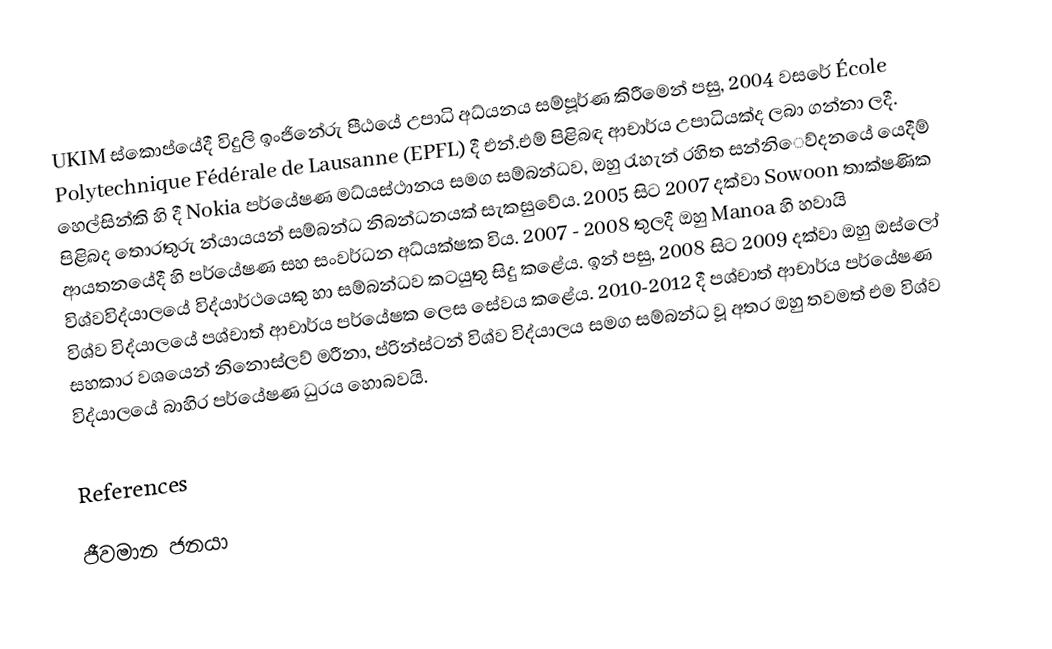
UKIM ස්කොප්යේදී විදුලි ඉංජිනේරු පීඨයේ උපාධි අධ්යනය සම්පූර්ණ කිරීමෙන් පසු, 2004 වසරේ  École Polytechnique Fédérale de Lausanne  (EPFL) දී එන්.එම් පිළිබඳ ආචාර්ය උපාධියක්ද ලබා ගන්නා ලදී. හෙල්සින්කි  හි දී Nokia  පර්යේෂණ මධ්යස්ථානය සමග සම්බන්ධව, ඔහු රැහැන් රහිත සන්නිෙව්දනයේ යෙදීම් පිළිබද තොරතුරු න්යායයන් සම්බන්ධ නිබන්ධනයක් සැකසුවේය. 2005 සිට 2007 දක්වා Sowoon තාක්ෂණික ආයතනයේදී හි පර්යේෂණ සහ සංවර්ධන අධ්යක්ෂක විය. 2007 - 2008 තුලදී ඔහු Manoa හි හවායි විශ්වවිද්යාලයේ  විද්යාර්ථයෙකු  හා සම්බන්ධව කටයුතු සිදු කළේය. ඉන් පසු, 2008 සිට 2009 දක්වා ඔහු ඔස්ලෝ විශ්ව විද්යාලයේ පශ්චාත් ආචාර්ය පර්යේෂක ලෙස සේවය කළේය. 2010-2012 දී පශ්චාත් ආචාර්ය පර්යේෂණ සහකාර වශයෙන් නිනොස්ලව් මරීනා, ප්රින්ස්ටන් විශ්ව විද්යාලය සමග සම්බන්ධ වූ අතර  ඔහු තවමත් එම විශ්ව විද්යාලයේ බාහිර පර්යේෂණ ධුරය හොබවයි.

References

ජීවමාන ජනයා